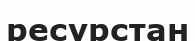
ресурстан